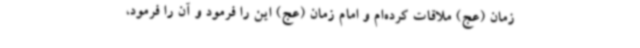
زمان (عج) ملاقات کرده‌ام و امام زمان (عج) این را فرمود و آن را فرمود،